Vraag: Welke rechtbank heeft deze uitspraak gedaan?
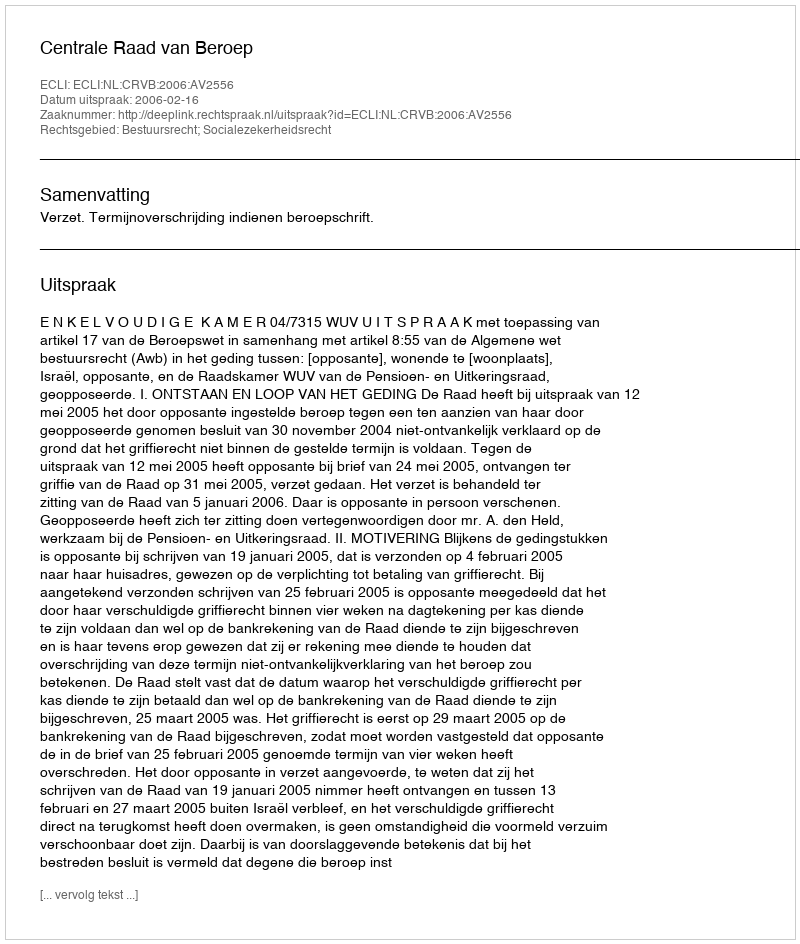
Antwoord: Centrale Raad van Beroep